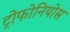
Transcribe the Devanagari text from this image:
ट्रोफोनियोस